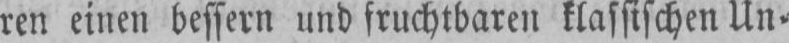
ren einen bessern und fruchtbaren klassischen Un⸗